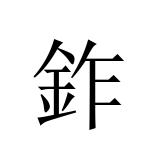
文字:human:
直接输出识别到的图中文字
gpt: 鈼